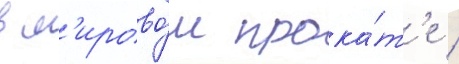
в м'ирово́м прока́т'е /